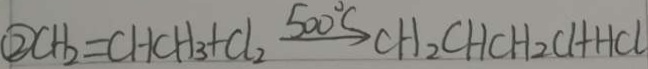
\textcircled { 2 } C H _ { 2 } = C H C H _ { 3 } + C l _ { 2 } \xrightarrow { 5 0 0 ^ { \circ C } } C H _ { 2 } C H C H _ { 2 } C H + H C l